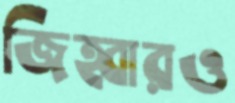
জিহ্বারও